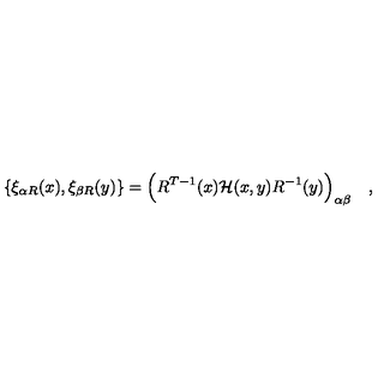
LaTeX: \{ \xi _ { \alpha R } ( x ) , \xi _ { \beta R } ( y ) \} = \Bigl ( R ^ { T - 1 } ( x ) { \cal H } ( x , y ) R ^ { - 1 } ( y ) \Bigr ) _ { \alpha \beta } \quad ,